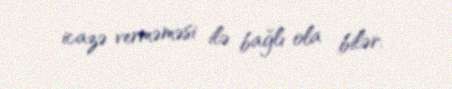
icazə verməməsi ilə bağlı ola bilər.